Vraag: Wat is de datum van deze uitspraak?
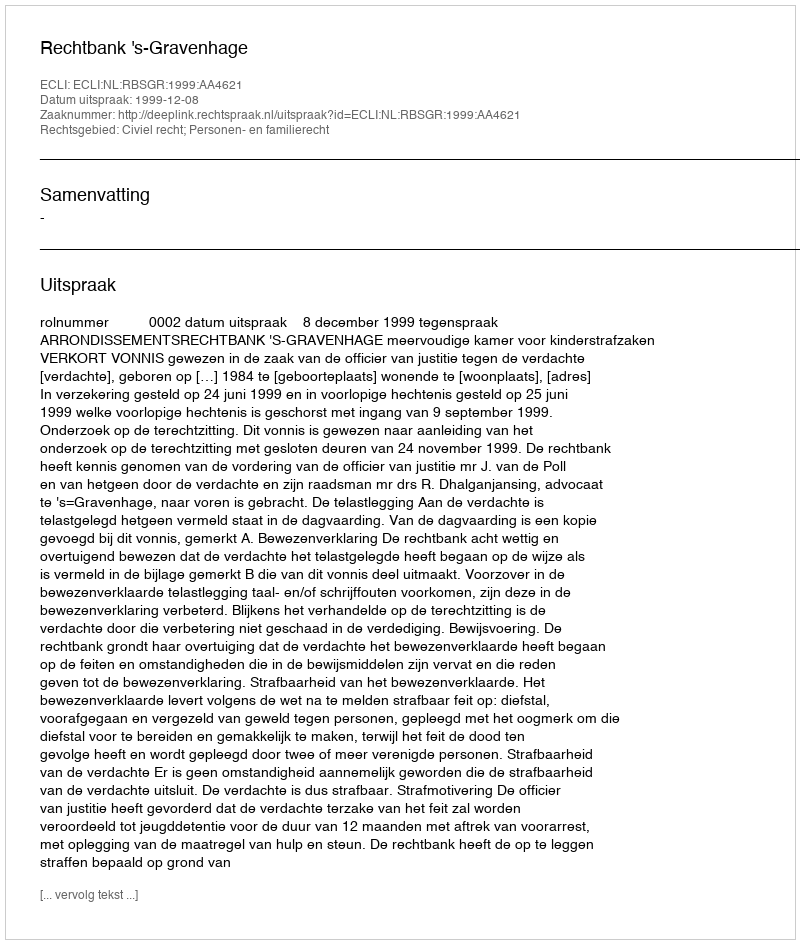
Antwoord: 1999-12-08